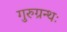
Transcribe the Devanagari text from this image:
गुरुग्रन्थः